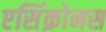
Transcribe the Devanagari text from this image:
एसिंक्रोनस